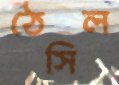
ঠেসিল